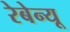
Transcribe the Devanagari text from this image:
रेबेन्यू